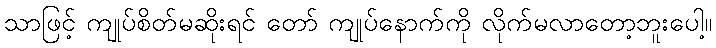
သာဖြင့် ကျုပ်စိတ်မဆိုးရင် တော် ကျုပ်နောက်ကို လိုက်မလာတော့ဘူးပေါ့။